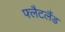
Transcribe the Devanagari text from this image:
फ्लैटलैंड